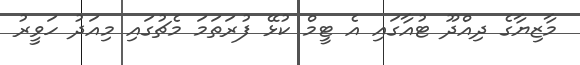
މާޒިޔާގެ ދިއްދޫ ޓުއާގައި އެ ޓީމް ކުޅޭ ފުރަތަމަ މެޗުގައި މިއަދު ހަވީރު